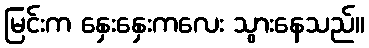
မြင်းက နှေးနှေးကလေး သွားနေသည်။